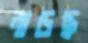
নাড়ছ